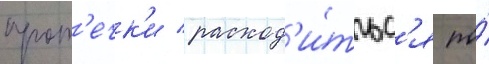
прот'ечк'и / расход'и́тьс'я по́